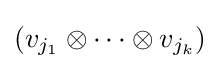
(v_{j_{1}}\otimes \cdots \otimes v_{j_{k}})